Indian Medical Review
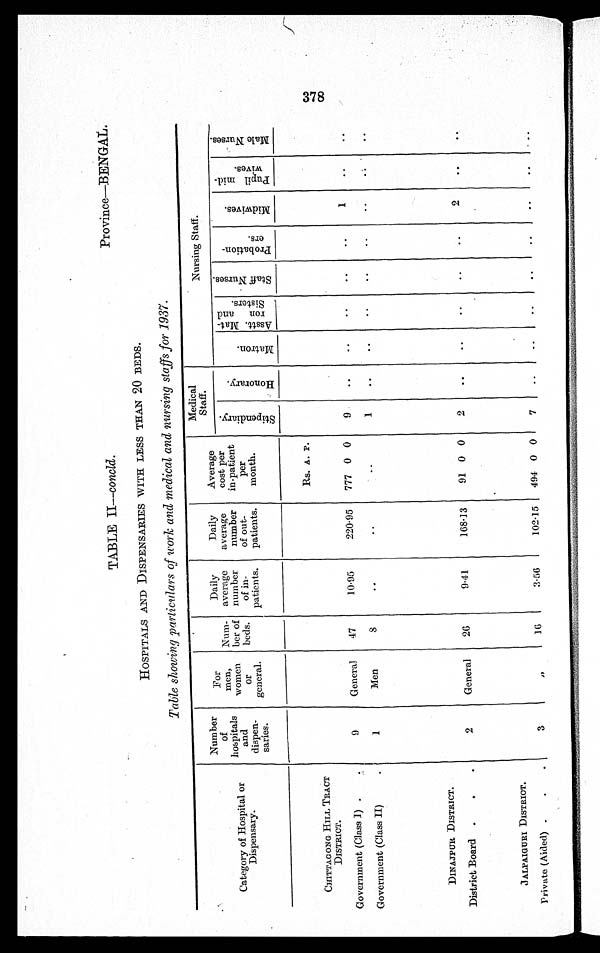
TABLE II—concld.
Province—BENGAL.
HOSPITALS AND DISPENSARIES WITH LESS THAN 20 BEDS.
Table showing particulars of work and medical and nursing staffs for 1937.
Category of Hospital or
Dispensary.
Number
of
h o s p i t a l s
and
dispen-
saries.
For
men,
women
or
general.
Num-
ber of
beds.
Daily
average
number
of in-
patients.
Daily
average
number
of out-
patients.
Average
cost per
in-patient
per
month.
Medical
Staff.
Nursing Staff.
S t i p e n d i a r y .
Ho n o r a r y .
M a t r o n .
Asst t . Mat -
ron and
Sisters.
S t a f f N u r s e s .
P r o b a t i o n -
er s.
M i d w i v e s .
P u p i l m i d -
w i v e s .
M a l e N u r s e s .
Rs. A. P.
CHITTAGONG HILL TRACT
DISTRICT.
Government (Class I )
9
General
47
10·95
220·95
777 0 0
9
..
..
..
. .
..
1
..
..
Government (Class II)
1
Men
8
. .
. .
. . 1
..
. .
. .
..
..
..
. .
..
DINAJPUR DISTRICT.
District Board
2
General
26
9·41
168·13
91 0 0
2
. .
..
..
..
..
2
..
..
JALPAIGURI DISTRICT.
Private (Aided)
3
, ,
16
3·56
102·15
494 0 0
7
..
..
..
..
..
..
..
. .
378